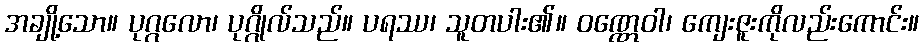
အချို့သော။ ပုဂ္ဂလော၊ ပုဂ္ဂိုလ်သည်။ ပရဿ၊ သူတပါး၏။ ဝဏ္ဏေဝါ၊ ကျေးဇူးကိုလည်းကောင်း။